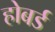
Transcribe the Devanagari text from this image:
होबर्ड